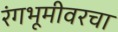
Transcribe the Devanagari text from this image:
रंगभूमीवरचा